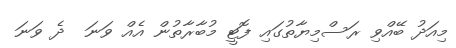
މިއަދު ބޭއްވި ރަސްމިޔާތުގައި ފޮޓީ މުބާރާތުން އެއް ވަނަ  ދެ ވަނަ